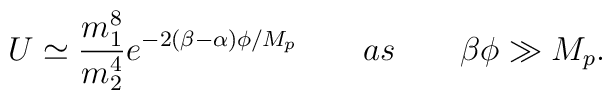
U \simeq \frac{m_{1}^{8}}{m_{2}^{4}} e^{-2(\beta -\alpha)\phi /M_{p}} \qquad as \qquad \beta \phi\gg M_{p}.